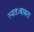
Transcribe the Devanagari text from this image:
स्वतःबाबत